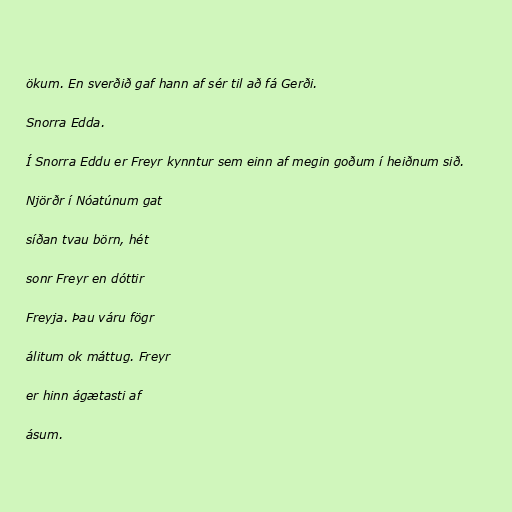
ökum. En sverðið gaf hann af sér til að fá Gerði.

Snorra Edda.

Í Snorra Eddu er Freyr kynntur sem einn af megin goðum í heiðnum sið.

Njörðr í Nóatúnum gat

síðan tvau börn, hét

sonr Freyr en dóttir

Freyja. Þau váru fögr

álitum ok máttug. Freyr

er hinn ágætasti af

ásum.